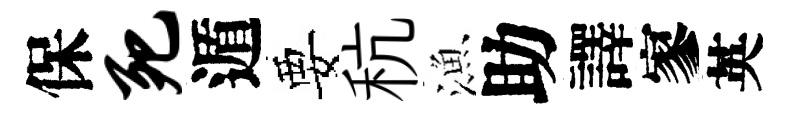
保死遁要秔漁助譯寥英